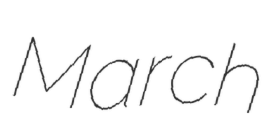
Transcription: March